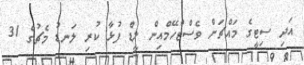
އަދި ސިޓީގެ މައްޗަށް ވެސްޓްހޭމްއިން ލީޑް ފުޅާ ކުރި ލަނޑު މެޗުގެ 31